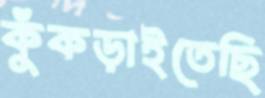
কুঁকড়াইতেছি